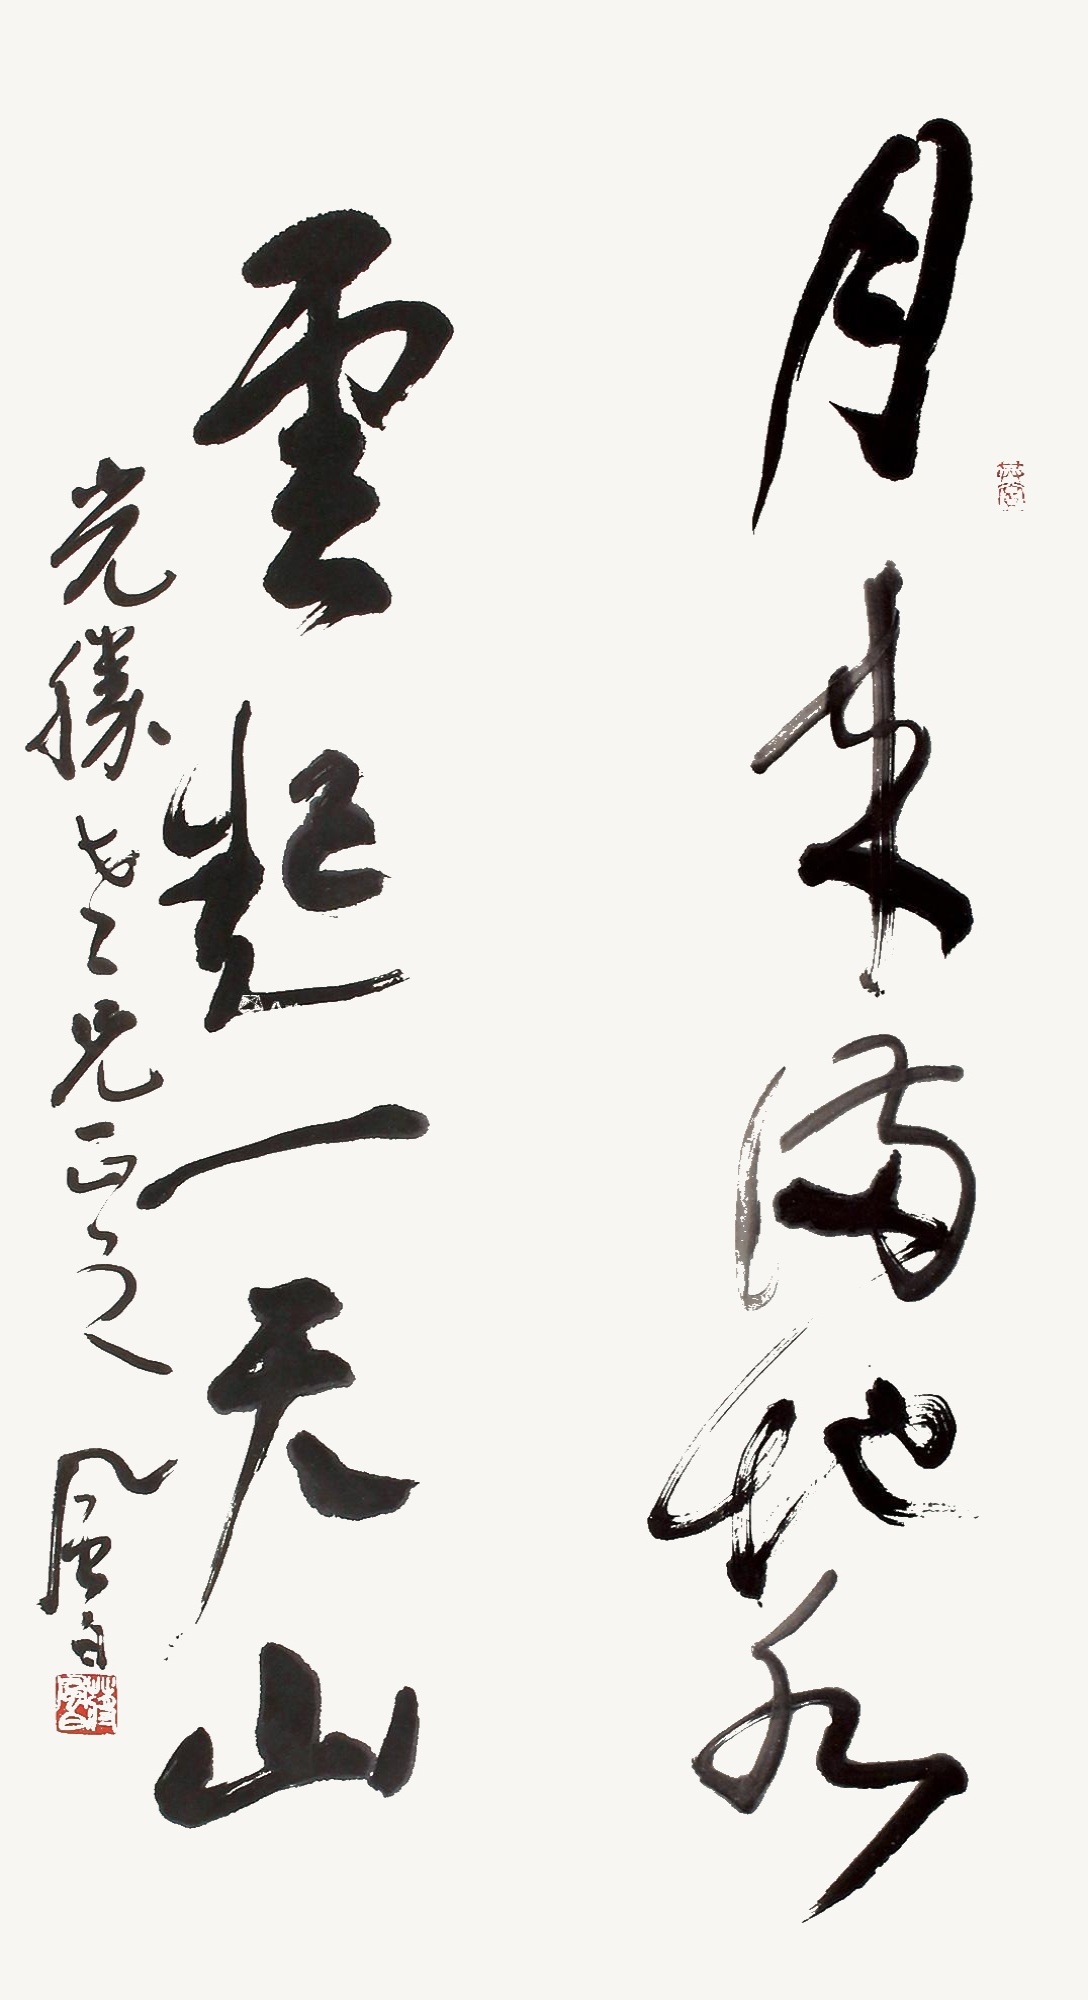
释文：月来满地水，云起一天山。光胜老兄正之，风白。